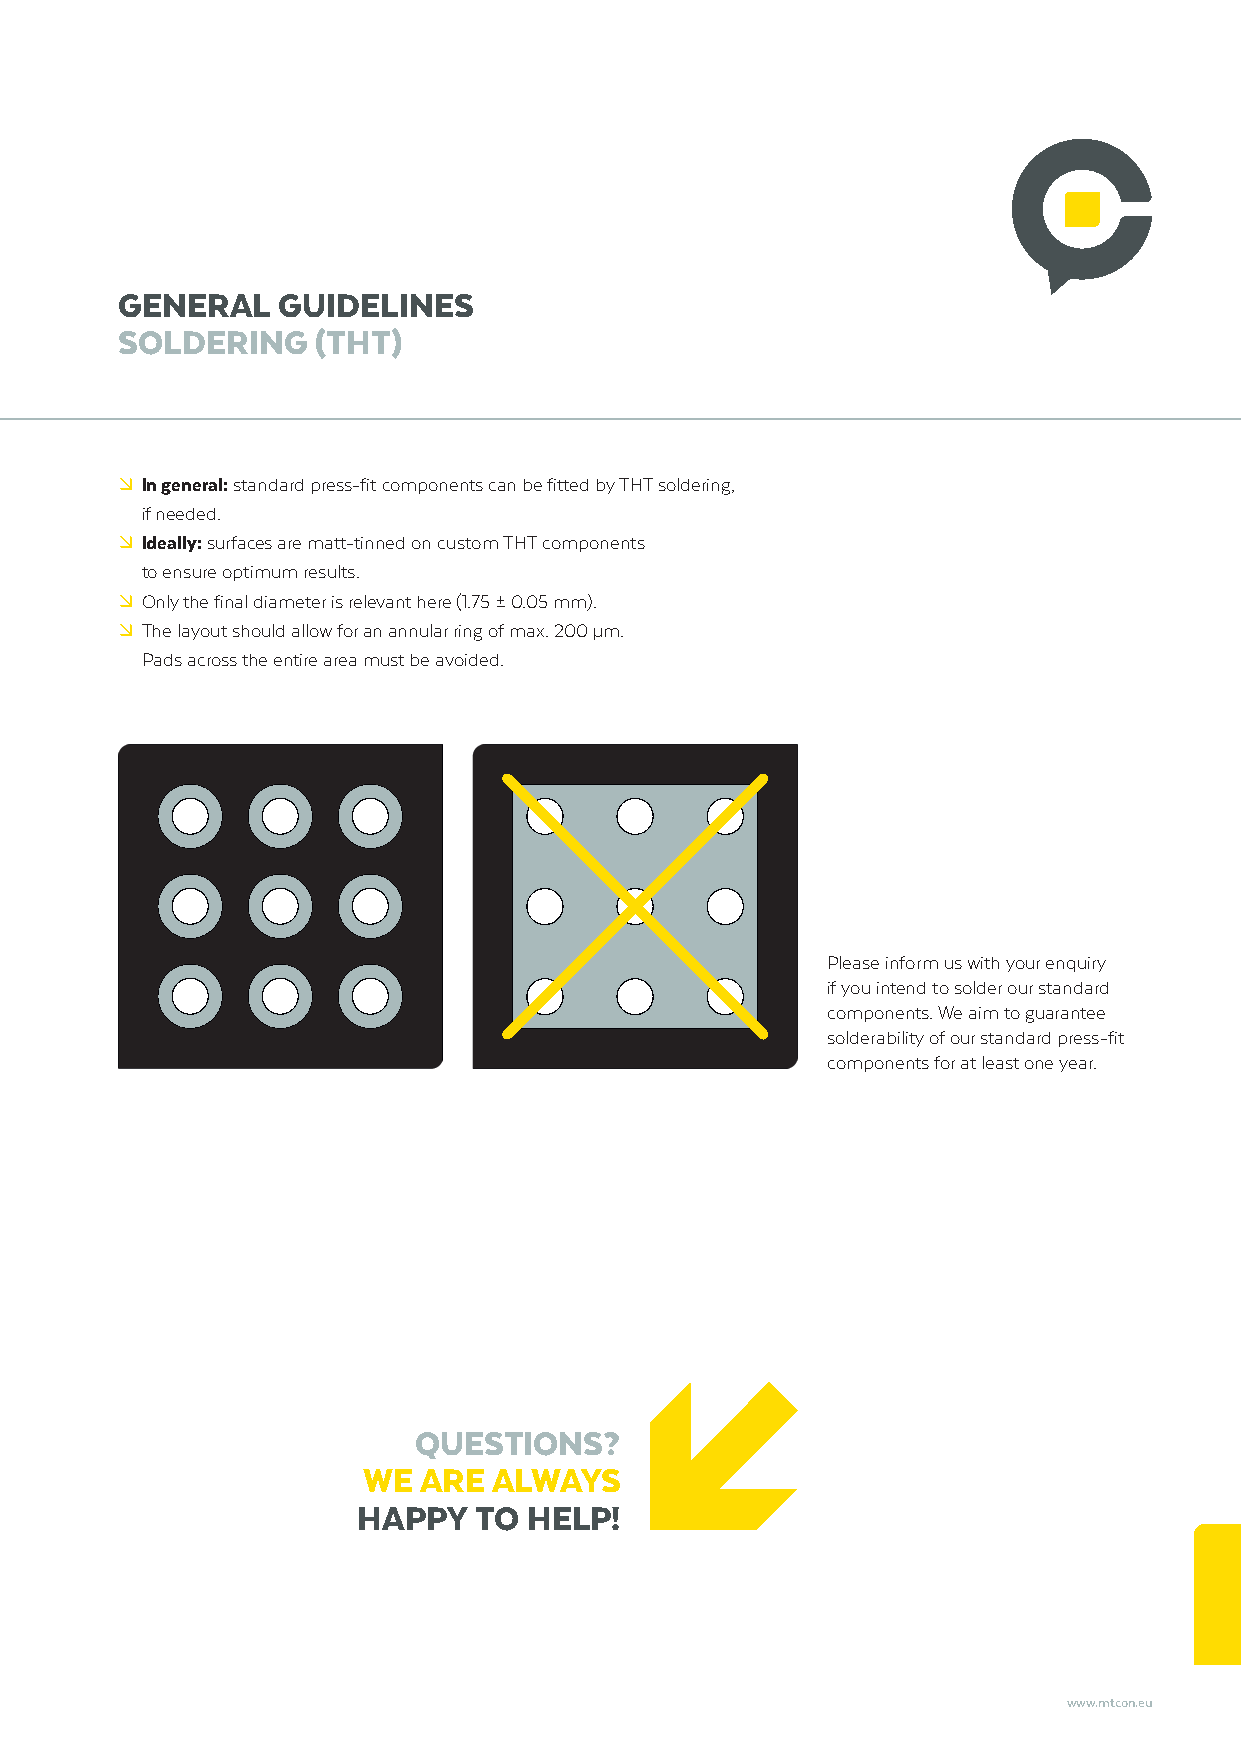
GENERAL   GUIDELINES
 SOLDERING    (THT)
 º In general: standard press-fit components can be fitted by THT soldering,
 if needed.
 º Ideally: surfaces are matt-tinned on custom THT components
 to ensure optimum results.
 º Only the final diameter is relevant here (1.75 ± 0.05 mm).
 º The layout should allow for an annular ring of max. 200 μm.
 Pads across the entire area must be avoided.
 Please inform us with your enquiry
 if you intend to solder our standard
 components. We aim to guarantee
 solderability of our standard press-fit
 components for at least one year.
 QUESTIONS?
 WE  ARE  ALWAYS
 HAPPY  TO  HELP!
 www.mtcon.eu